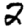
Digit: 2